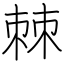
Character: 棘